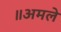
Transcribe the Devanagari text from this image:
॥अमले